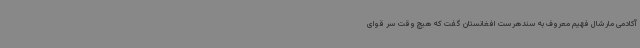
آکادمی مارشال فهیم معروف به سندهرست افغانستان گفت که هیچ وقت سر قوای